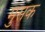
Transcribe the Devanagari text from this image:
मुसक